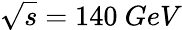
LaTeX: \sqrt{s}=140~GeV